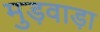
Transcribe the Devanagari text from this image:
मुड़वाड़ा